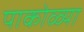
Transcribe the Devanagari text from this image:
पाकोळ्या